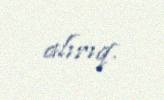
alırıq.